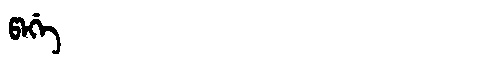
Manchu: ᡦᠠᡤᡝ
Romanization: PAGE